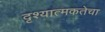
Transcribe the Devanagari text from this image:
दृश्यात्मकतेचा